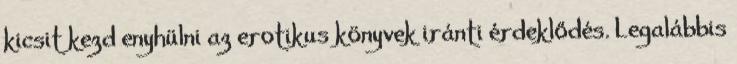
kicsit kezd enyhülni az erotikus könyvek iránti érdeklődés. Legalábbis